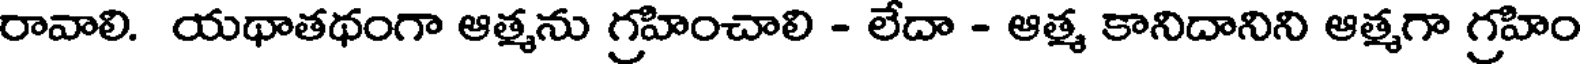
రావాలి. యథాతథంగా ఆత్మను గ్రహించాలి - లేదా - ఆత్మ కానిదానిని ఆత్మగా గ్రహిం